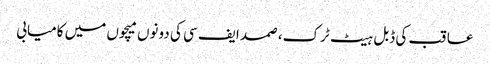
عاقب کی ڈبل ہیٹ ٹرک، صمد ایف سی کی دونوں میچوں میں کامیابی